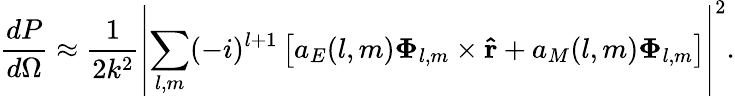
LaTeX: {\frac{dP}{d\Omega}}\approx{\frac{1}{2k^{2}}}\left|\sum_{l,m}(-i)^{l+1}\left[a_{E}(l,m)\mathbf{\Phi}_{l,m}\times\mathbf{\hat{r}}+a_{M}(l,m)\mathbf{\Phi}_{l,m}\right]\right|^{2}.